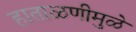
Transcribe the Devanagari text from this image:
हाताळणीमुळे